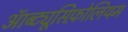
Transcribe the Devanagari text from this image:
ऑब्ट्यूसिफ़ोलियम